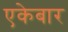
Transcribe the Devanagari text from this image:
एकेबार